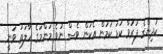
ކުދިންގެ ފަރުވާ ކުޑަ ކަމުން އެކަން ވެސް ނުވެ މަންމަގެ ހާލަތު ވަނީ